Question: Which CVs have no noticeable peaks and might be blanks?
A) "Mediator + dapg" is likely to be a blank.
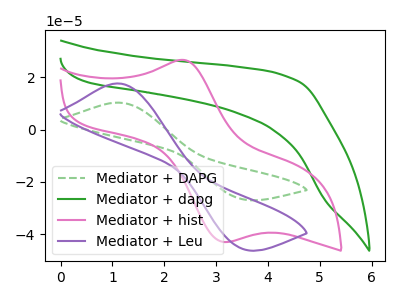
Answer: <think>The green dashed curve "Mediator + DAPG" has an anodic peak at (1.10V, 10.30uA) and a cathodic peak at (3.50V, -26.60uA). The green curve "Mediator + dapg" has no peaks. The pink curve "Mediator + hist" has an anodic peak at (2.35V, 26.65uA) and a cathodic peak at (3.15V, -43.00uA). The purple curve "Mediator + Leu" has an anodic peak at (1.10V, 17.65uA) and a cathodic peak at (3.50V, -45.55uA).</think>
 <answer>A) "Mediator + dapg" is likely to be a blank.</answer>
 <eval>A</eval>